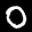
Label: 0